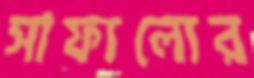
সাফ্যল্যের